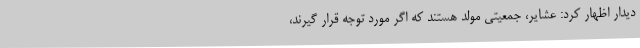
دیدار اظهار کرد: عشایر، جمعیتی مولد هستند که اگر مورد توجه قرار گیرند،